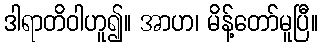
ဒါရာတိဝါဟူ၍။ အာဟ၊ မိန့်တော်မူပြီ။